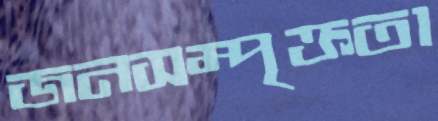
জনসম্পৃক্ততা